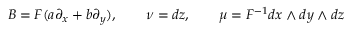
B = F ( a \partial _ { x } + b \partial _ { y } ) , \qquad \nu = d z , \qquad \mu = F ^ { - 1 } d x \wedge d y \wedge d z